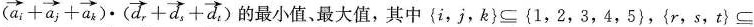
$$( \overrightarrow{a_{f}}+ \overrightarrow{a}_{j}+ \overrightarrow{a}_{k}) \cdot ( \overrightarrow{d}_{r}+ \overrightarrow{d}_{s}+ \overrightarrow{d}_{t})$$的最小值、最大值，其中{i，j，k} \subseteq {1，2，3，4，5}，{r，s，t} \subseteq